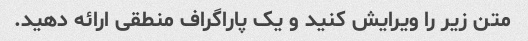
متن زیر را ویرایش کنید و یک پاراگراف منطقی ارائه دهید.